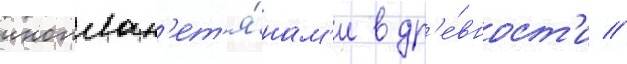
иноплан'ет'я́нам'и в др'е́вност'и //